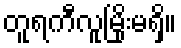
တူရကီလူမြိုးမရှိ။